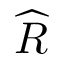
\widehat { R }